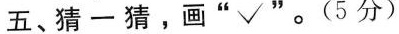
五、猜一猜，画“√”。(5分)